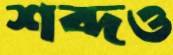
শব্দও